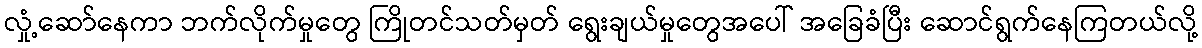
လှုံ့ဆော်နေကာ ဘက်လိုက်မှုတွေ ကြိုတင်သတ်မှတ် ရွေးချယ်မှုတွေအပေါ် အခြေခံပြီး ဆောင်ရွက်နေကြတယ်လို့